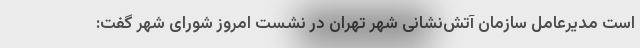
است مدیرعامل سازمان آتش‌نشانی شهر تهران در نشست امروز شورای شهر گفت: